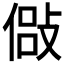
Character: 𫣇